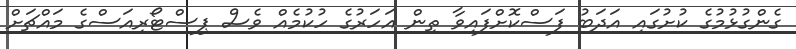
ގެންގުޅުމުގެ ކުށުގައި އަދަބު ފަސްކޮށްފައިވާ ތިން އަހަރުގެ ހުކުމެއް ވެސް ޕިސްޓޯރިއަސްގެ މައްޗަށް